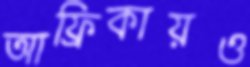
আফ্রিকায়ও